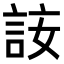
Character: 𧦣